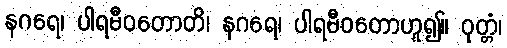
နဂရေ၊ ပါရမီဝတောတိ၊ နဂရေ၊ ပါရမီဝတောဟူ၍။ ဝုတ္တံ၊